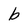
Character: b